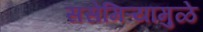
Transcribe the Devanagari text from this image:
ससेमिऱ्यामुळे